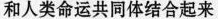
和人类命运共同体结合起来